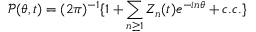
\mathcal P ( \theta , t ) = ( 2 \pi ) ^ { - 1 } \{ 1 + \sum _ { n \geq 1 } Z _ { n } ( t ) e ^ { - i n \theta } + c . c . \}